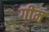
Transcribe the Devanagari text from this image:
गीम